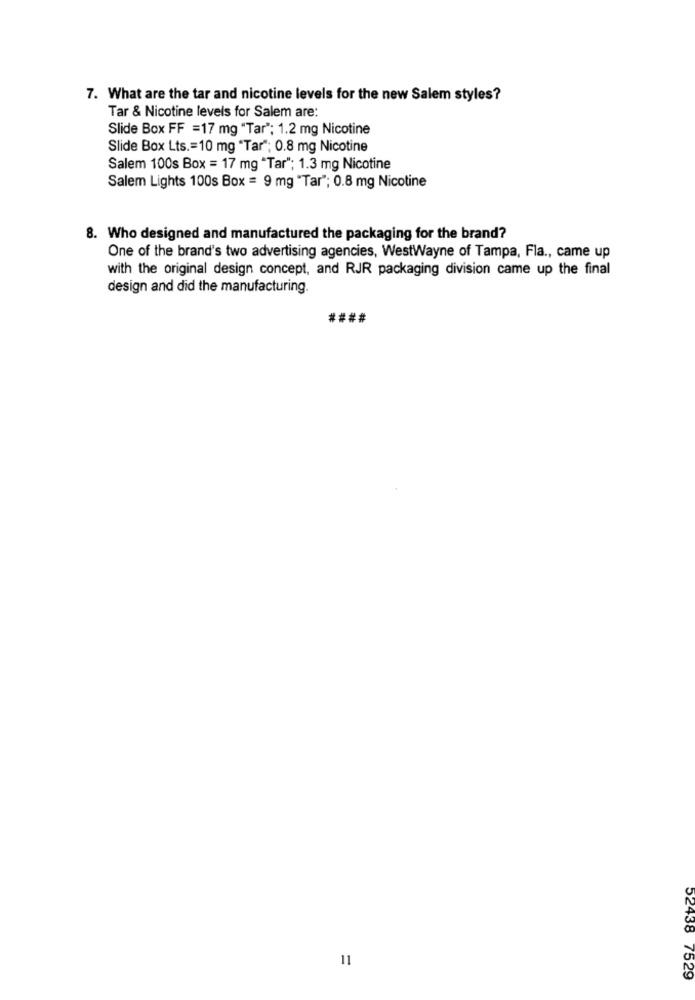
7. What are the tar and nicotine levels for the new Salem styles?
Tar & Nicotine levels for Salem are:
Slide Box FF =17 mg "Tar"; 1.2 mg Nicotine
Slide Box Lts .= 10 mg "Tar"; 0.8 mg Nicotine
Salem 100s Box = 17 mg *Tar"; 1.3 mg Nicotine
Salem Lights 100s Box = 9 mg "Tar"; 0.8 mg Nicotine
8. Who designed and manufactured the packaging for the brand?
One of the brand's two advertising agencies, WestWayne of Tampa, Fla ., came up
with the original design concept, and RJR packaging division came up the final
design and did the manufacturing.
####
11
52438 7529